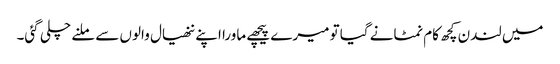
میں لندن کچھ کام نمٹانے گیا تو میرے پیچھے ماورا اپنے ننھیال والوں سے ملنے چلی گئی۔